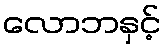
လောဘနှင့်